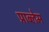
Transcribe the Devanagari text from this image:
प्राब्लेम